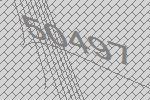
50497